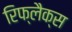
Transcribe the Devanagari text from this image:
रिफ्लैक्स